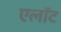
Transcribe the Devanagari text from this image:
एलॉट